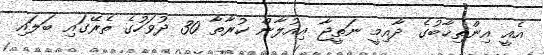
އެއީ އިންތިޚާބުގެ ދާއިމީ ނަތީޖާ އިއުލާން ކުރާތާ 30 ދުވަހުގެ ތެރޭގައި ބަލައި